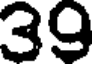
39